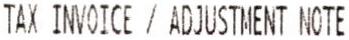
TAX INVOICE / ADJUSTMENT NOTE